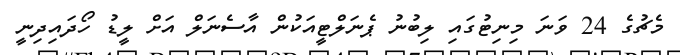
މެޗުގެ 24 ވަނަ މިނިޓުގައި ލިބުނު ޕެނަލްޓީއަކުން އާސެނަލް އަށް ލީޑު ހޯދައިދިނީ